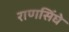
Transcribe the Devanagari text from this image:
राणसिंघे